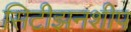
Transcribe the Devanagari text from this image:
सिटीझनशीप